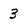
Character: 3